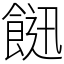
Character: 䭀